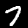
Label: 7